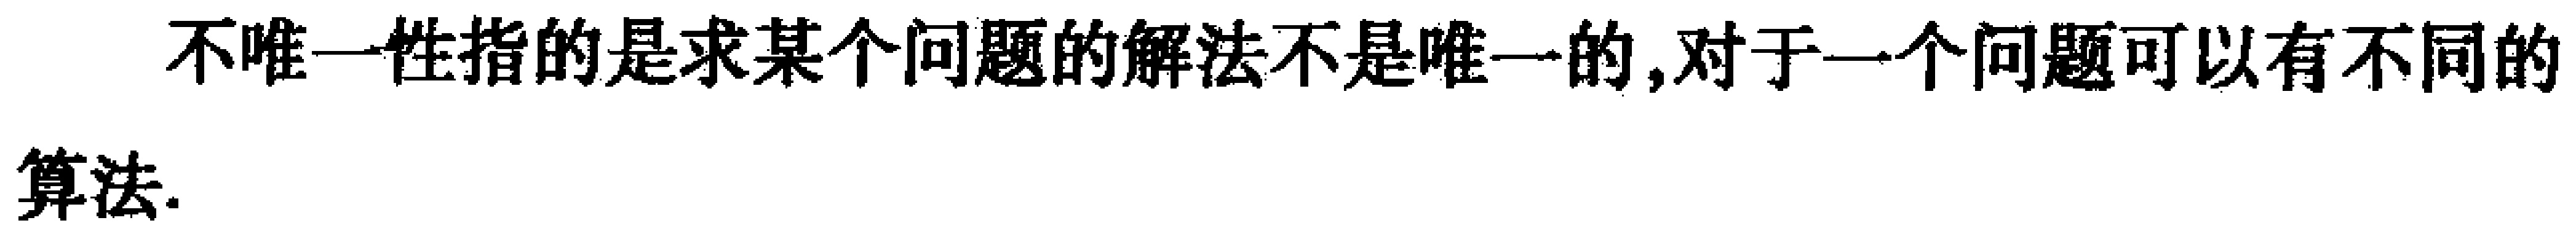
不唯一性指的是求某个问题的解法不是唯一的,对于一个问题可以有不同的算法.